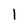
Character: 1